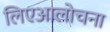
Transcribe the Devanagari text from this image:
लिएआलोचना